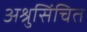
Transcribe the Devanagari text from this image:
अश्रुसिंचित